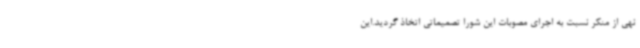
نهی از منکر نسبت به اجرای مصوبات این شورا تصمیماتی اتخاذ گردید.این